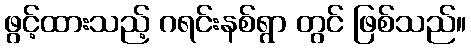
ဖွင့်ထားသည့် ဂရင်းနစ်ရွာ တွင် ဖြစ်သည်။